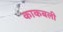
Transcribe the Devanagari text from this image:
काकबली